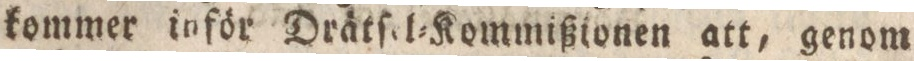
kommer inför Drätſel=Kommißionen att, genom